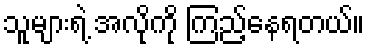
သူများရဲ့ အလိုကို ကြည့်နေရတယ်။